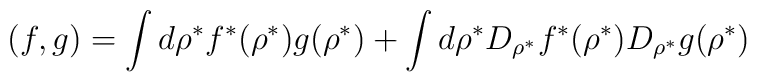
(f,g)=\int d\rho^* f^*(\rho^*) g(\rho^*)+ \int d\rho^* D_{\rho^*}f^*(\rho^*)D_{\rho^*} g(\rho^*)